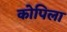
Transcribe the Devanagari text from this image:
कोपिला